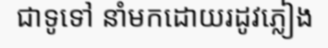
ជាទូទៅ នាំមកដោយរដូវភ្លៀង